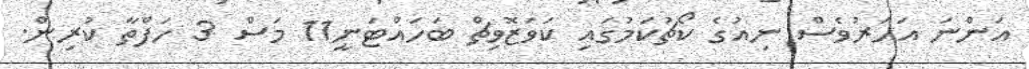
އަންނަ އަހަރުވެސް ނިއުގެ ކޯޗުކަމުގައި ކަވަޒޮވިޗް ބަހައްޓަނީ11 މަސް 3 ހަފްތާ ކުރިން.